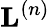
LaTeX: \mathbf{L}^{\left(n\right)}